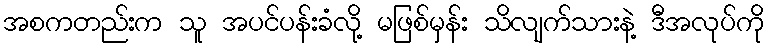
အစကတည်းက သူ အပင်ပန်းခံလို့ မဖြစ်မှန်း သိလျက်သားနဲ့ ဒီအလုပ်ကို